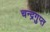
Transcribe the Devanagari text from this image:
चन्‍द्रगुप्‍त